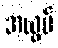
အယွမ်